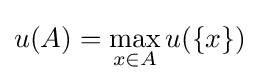
u(A)=\max _{x\in A}u(\{x\})